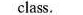
class.